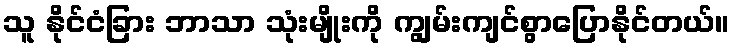
သူ နိုင်ငံခြား ဘာသာ သုံးမျိုးကို ကျွမ်းကျင်စွာပြောနိုင်တယ်။